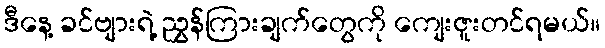
ဒီနေ့ ခင်ဗျားရဲ့ ညွှန်ကြားချက်တွေကို ကျေးဇူးတင်ရမယ်။